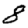
Digit: 8